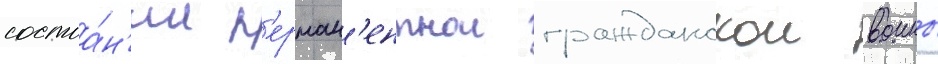
состоа́н'ии п'ерман'ентнои гражданскои воины